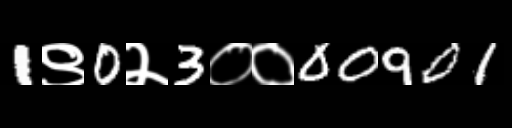
Text: 1९0२3००00901